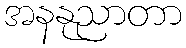
အနနုညာတာ